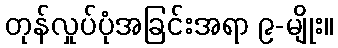
တုန်လှုပ်ပုံအခြင်းအရာ ၉-မျိုး။